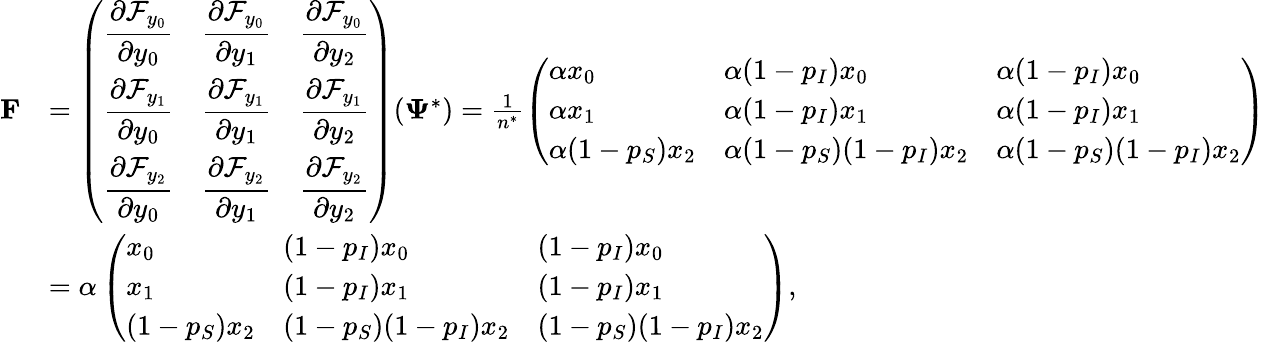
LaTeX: \begin{array}{rl}{\mathbf{F}}&{=\left(\begin{array}{lll}{\displaystyle\frac{\partial\mathcal{F}_{y_{0}}}{\partial y_{0}}}&{\displaystyle\frac{\partial\mathcal{F}_{y_{0}}}{\partial y_{1}}}&{\displaystyle\frac{\partial\mathcal{F}_{y_{0}}}{\partial y_{2}}}\\ {\displaystyle\frac{\partial\mathcal{F}_{y_{1}}}{\partial y_{0}}}&{\displaystyle\frac{\partial\mathcal{F}_{y_{1}}}{\partial y_{1}}}&{\displaystyle\frac{\partial\mathcal{F}_{y_{1}}}{\partial y_{2}}}\\ {\displaystyle\frac{\partial\mathcal{F}_{y_{2}}}{\partial y_{0}}}&{\displaystyle\frac{\partial\mathcal{F}_{y_{2}}}{\partial y_{1}}}&{\displaystyle\frac{\partial\mathcal{F}_{y_{2}}}{\partial y_{2}}}\end{array}\right)(\mathbf{\Psi}^{*})=\frac{1}{n^{*}}\left(\begin{array}{lll}{\displaystyle\alpha x_{0}}&{\displaystyle\alpha(1-p_{I})x_{0}}&{\displaystyle\alpha(1-p_{I})x_{0}}\\ {\displaystyle\alpha x_{1}}&{\displaystyle\alpha(1-p_{I})x_{1}}&{\displaystyle\alpha(1-p_{I})x_{1}}\\ {\displaystyle\alpha(1-p_{S})x_{2}}&{\displaystyle\alpha(1-p_{S})(1-p_{I})x_{2}}&{\displaystyle\alpha(1-p_{S})(1-p_{I})x_{2}}\end{array}\right)}\\ &{=\alpha\left(\begin{array}{lll}{\displaystyle x_{0}}&{\displaystyle(1-p_{I})x_{0}}&{\displaystyle(1-p_{I})x_{0}}\\ {\displaystyle x_{1}}&{\displaystyle(1-p_{I})x_{1}}&{\displaystyle(1-p_{I})x_{1}}\\ {\displaystyle(1-p_{S})x_{2}}&{\displaystyle(1-p_{S})(1-p_{I})x_{2}}&{\displaystyle(1-p_{S})(1-p_{I})x_{2}}\end{array}\right),}\end{array}